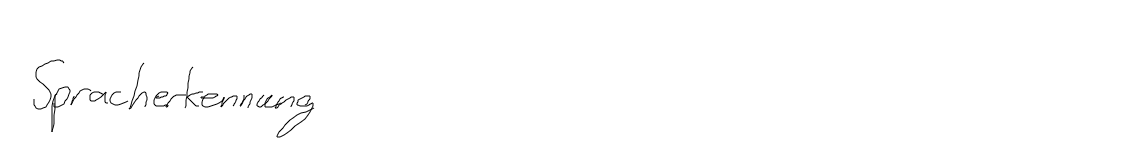
Spracherkennung